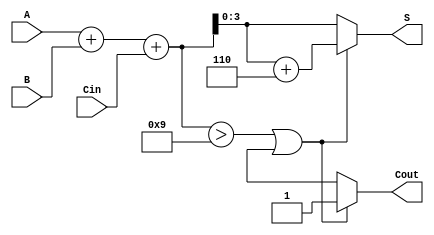
module BCD_Carry_Lookahead_Adder (
    input  wire [3:0] A,    // First BCD digit
    input  wire [3:0] B,    // Second BCD digit
    input  wire Cin,        // Carry input
    output reg [3:0] S,     // BCD sum output
    output reg Cout         // Carry output
);

    wire [4:0] sum;         // Intermediate sum (5 bits to hold carry out)
    wire [4:0] carry;       // Carry signals for each bit
    wire [4:0] correction;   // Correction to add (6 if needed)

    // Step 1: Perform the binary addition
    assign sum = {1'b0, A} + {1'b0, B} + Cin; // 5-bit sum to include carry out

    // Step 2: Generate carry signals
    assign carry[0] = A[0] & B[0];                       // C0
    assign carry[1] = carry[0] | (A[1] & B[1]) | (A[0] ^ B[0]) & Cin; // C1
    assign carry[2] = carry[1] | (A[2] & B[2]) | (A[1] ^ B[1]) & carry[0]; // C2
    assign carry[3] = carry[2] | (A[3] & B[3]) | (A[2] ^ B[2]) & carry[1]; // C3

    // Step 3: Check for BCD correction condition
    always @(*) begin
        if (sum > 9 || carry[4]) begin // Check if sum is greater than 9 or Cout is 1
            S = sum[3:0] + 4'b0110;     // Add 6 to convert to valid BCD
            Cout = 1;                   // Set carry out to 1
        end else begin
            S = sum[3:0];               // Use the original sum
            Cout = carry[4];            // Cout could be from the sum overflow
        end
    end

endmodule